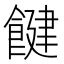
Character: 䭈